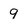
Character: 9